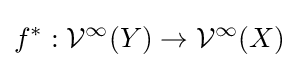
f^{*}:{\mathcal {V}}^{\infty }(Y)\to {\mathcal {V}}^{\infty }(X)